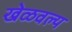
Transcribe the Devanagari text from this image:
खेळवल्य